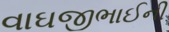
વાઘજીભાઈની